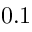
0 . 1